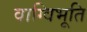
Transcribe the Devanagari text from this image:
वाग्विभूति